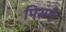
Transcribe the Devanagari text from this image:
पिसमे